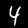
Label: 4